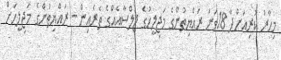
މިހާރު ކުރިއަށްދާ 18ވަނަ ރައްޔިތުންގެ މަޖިލީހުގެ ޖަލްސާއެއްގެ ތެރެއިން - ރައްޔިތުންގެ މަޖިލީހަށް